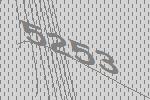
5253